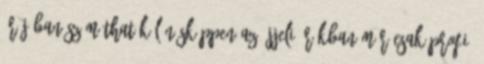
órájában számíthat Különösképpen az éjjeli órákban már csak profi,